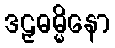
ဒဠှဓမ္မိနော